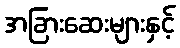
အခြားဆေးများနှင့်